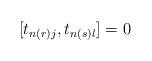
LaTeX: \begin{align*}[t_{n(r) j}, t_{n(s) l} ] = 0\end{align*}